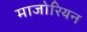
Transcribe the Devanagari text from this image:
माजोरियन